Annual report of the Punjab Veterinary College and of the Civil Veterinary Department, Punjab - 1926-1932
Year: 1926
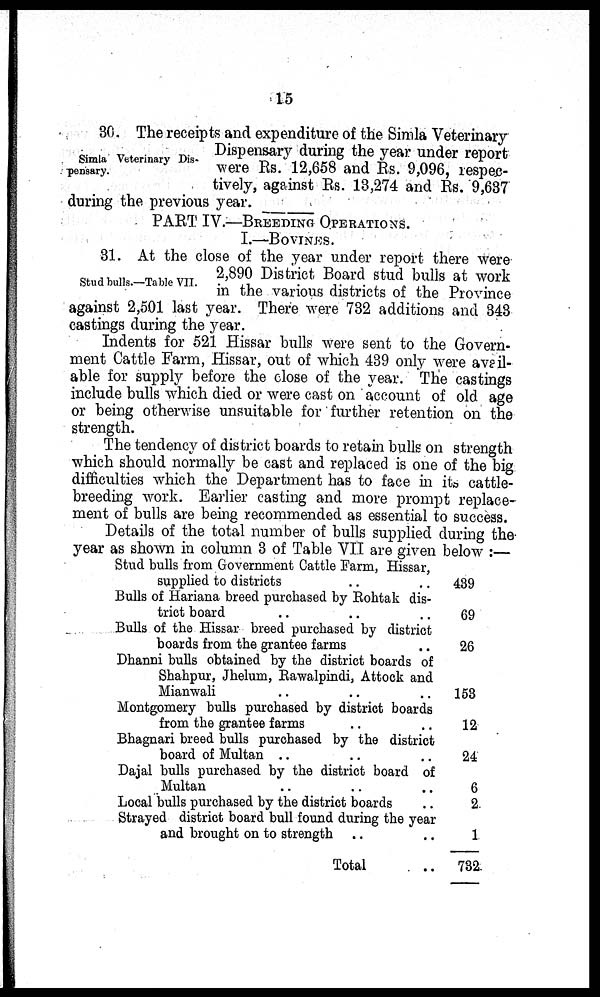
15
Simla Veterinary Dis-
pensary.
30. The receipts and expenditure of the Simla Veterinary
Dispensary during the year under report
were Rs. 12,658 and Rs. 9,096, respec-
tively, against Rs. 13,274 and Rs. 9,637
during the previous year.
PART IV.—BREEDING OPERATIONS.
I.—BOVINES.
Stud bulls.—Table VII.
31. At the close of the year under report there were
2,890 District Board stud bulls at work
in the various districts of the Province
against 2,501 last year. There were 732 additions and 343
castings during the year.
Indents for 521 Hissar bulls were sent to the Govern-
ment Cattle Farm, Hissar, out of which 439 only were avail-
able for supply before the close of the year. The castings
include bulls which died or were cast on account of old age
or being otherwise unsuitable for further retention on the
strength.
The tendency of district boards to retain bulls on strength
which should normally be cast and replaced is one of the big
difficulties which the Department has to face in its cattle-
breeding work. Earlier casting and more prompt replace-
ment of bulls are being recommended as essential to success.
Details of the total number of bulls supplied during the
year as shown in column 3 of Table VII are given below :—
Stud bulls from Government Cattle Farm, Hissar,
supplied to districts
Bulls of Hariana breed purchased by Rohtak dis-
trict board .. .. ..
Bulls of the Hissar breed purchased by district
boards from the grantee farms ..
Dhanni bulls obtained by the district boards of
Shahpur, Jhelum, Rawalpindi, Attock and
Mianwali .. ... ..
Montgomery bulls purchased by district boards
from the grantee farms
Bhagnari breed bulls purchased by the district
board of Multan .. .. ..
Dajal bulls purchased by the district board of
Multan .. .. ..
Local bulls purchased by the district boards ..
Strayed district board bull found during the year
and brought on to strength .. ..
Total ..
439
69
26
153
12
24
6
2
1
782.